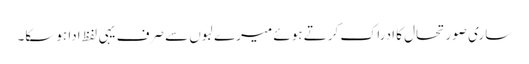
ساری صورتحال کا ادراک کرتے ہوئے میرے لبوں سے صرف یہی لفظ ادا ہوسکا۔